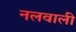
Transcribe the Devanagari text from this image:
नलवाली